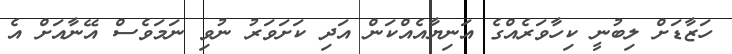
ހަޒާޑަށް ލިބުނީ ކިހާވަރެއްގެ އަނިޔާއެއްކަން އަދި ކަށަވަރު ނުވި ނަމަވެސް އޭނާއަށް އެ